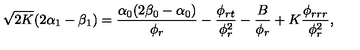
\sqrt { 2 K } ( 2 \alpha _ { 1 } - \beta _ { 1 } ) = \frac { \alpha _ { 0 } ( 2 \beta _ { 0 } - \alpha _ { 0 } ) } { \phi _ { r } } - \frac { \phi _ { r t } } { \phi _ { r } ^ { 2 } } - \frac { B } { \phi _ { r } } + K \frac { \phi _ { r r r } } { \phi _ { r } ^ { 2 } } ,